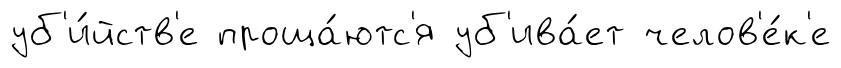
уб'и́йств'е проща́ютс'я уб'ива́ет челов'е́к'е